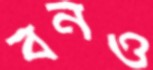
বনও